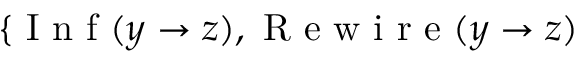
\{ \ensuremath { \mathrm { ~ I ~ n ~ f ~ } } ( y \to z ) , \ensuremath { \mathrm { ~ R ~ e ~ w ~ i ~ r ~ e ~ } } ( y \to z )